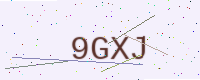
Text: 9GXJ